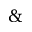
\&